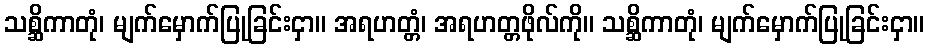
သစ္ဆိကာတုံ၊ မျက်မှောက်ပြုခြင်းငှာ။ အရဟတ္တံ၊ အရဟတ္တဖိုလ်ကို။ သစ္ဆိကာတုံ၊ မျက်မှောက်ပြုခြင်းငှာ။